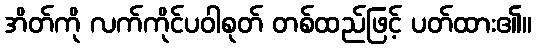
အိတ်ကို လက်ကိုင်ပဝါစုတ် တစ်ထည်ဖြင့် ပတ်ထား၏။